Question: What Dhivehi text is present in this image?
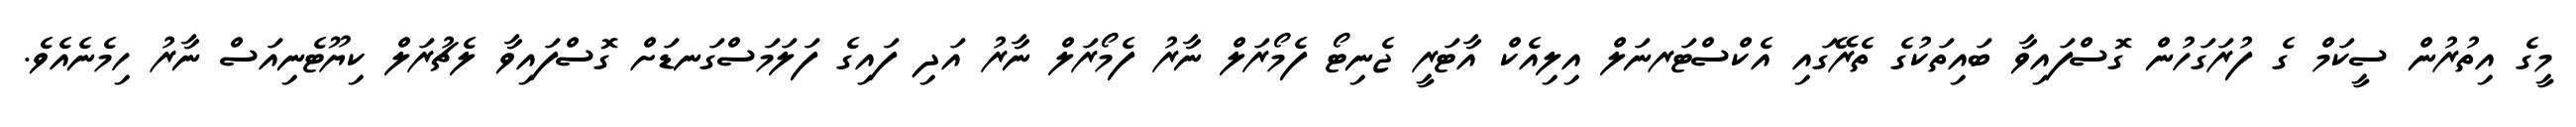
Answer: މީގެ އިތުރުން ސީކަމް ގެ ފުރަގަހުން ގޮސްފައިވާ ބައިތަކުގެ ތެރޭގައި އެކްސްޓަރނަލް އިލިއެކް އާޓަރީ ޖެނިޓޯ ފެމޯރަލް ނާރު ފެމޯރަލް ނާރު އަދި ފައިގެ ފަލަމަސްގަނޑަށް ގޮސްފައިވާ ލެޗުރަލް ކިޔޫޓެނިއަސް ނާރު ހިމެނެއެވެ.